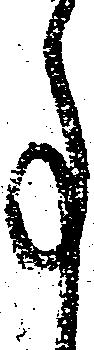
事